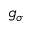
g _ { \sigma }